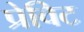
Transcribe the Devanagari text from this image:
प्रेविट